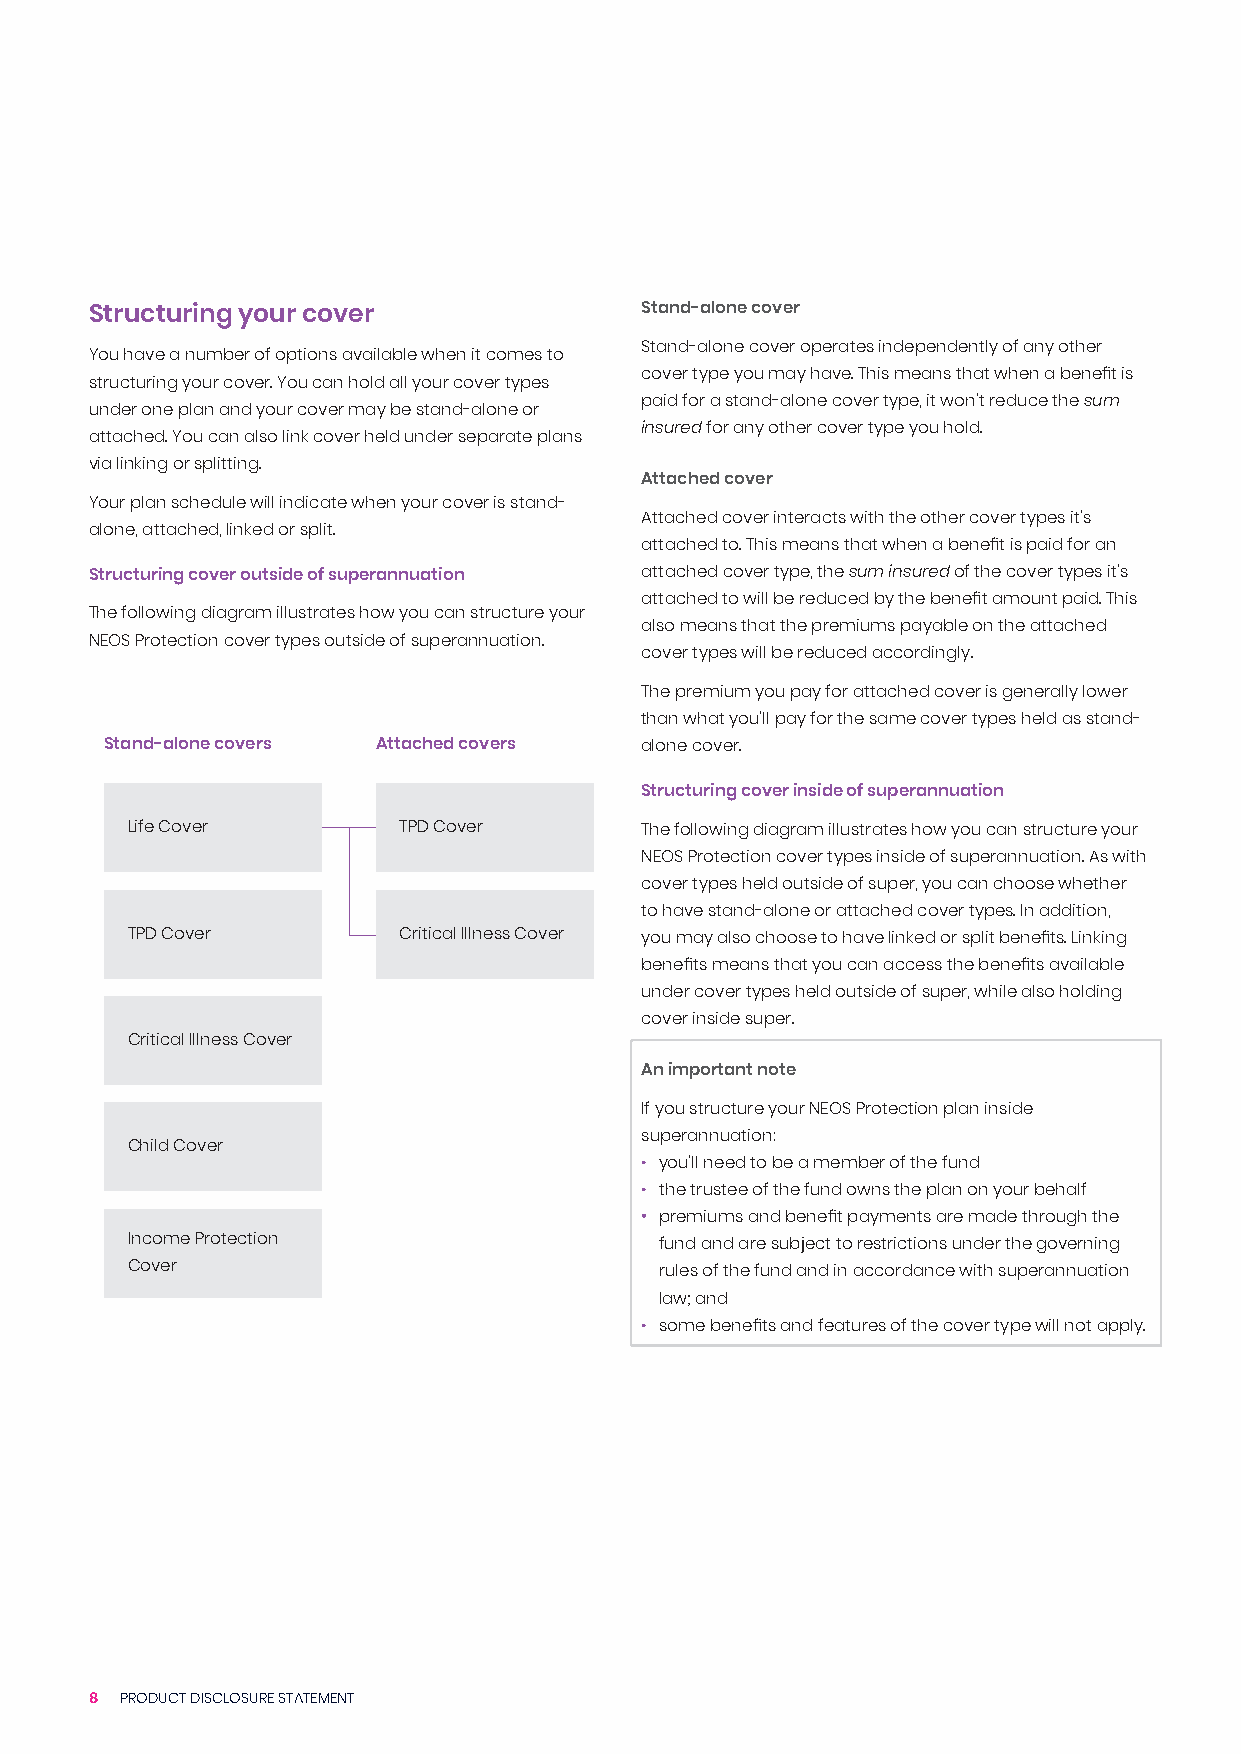
Structuring your cover              Stand-alone cover
 Stand-alone cover operates independently of any other
 You have a number of options available when it comes to
 cover type you may have. This means that when a benefit is
 structuring your cover. You can hold all your cover types
 paid for a stand-alone cover type, it won’t reduce the sum
 under one plan and your cover may be stand-alone or
 insured for any other cover type you hold.
 attached. You can also link cover held under separate plans
 via linking or splitting.
 Attached cover
 Your plan schedule will indicate when your cover is stand-
 Attached cover interacts with the other cover types it’s
 alone, attached, linked or split.
 attached to. This means that when a benefit is paid for an
 Structuring cover outside of superannuation attached cover type, the sum insured of the cover types it’s
 attached to will be reduced by the benefit amount paid. This
 The following diagram illustrates how you can structure your
 also means that the premiums payable on the attached
 NEOS Protection cover types outside of superannuation.
 cover types will be reduced accordingly.
 The premium you pay for attached cover is generally lower
 than what you’ll pay for the same cover types held as stand-
 Stand-alone covers Attached covers alone cover.
 Structuring cover inside of superannuation
 Life Cover        TPD Cover       The following diagram illustrates how you can structure your
 NEOS Protection cover types inside of superannuation. As with
 cover types held outside of super, you can choose whether
 to have stand-alone or attached cover types. In addition,
 TPD Cover         Critical Illness Cover you may also choose to have linked or split benefits. Linking
 benefits means that you can access the benefits available
 under cover types held outside of super, while also holding
 cover inside super.
 Critical Illness Cover
 An important note
 If you structure your NEOS Protection plan inside
 superannuation:
 Child Cover
 • you’ll need to be a member of the fund
 • the trustee of the fund owns the plan on your behalf
 • premiums and benefit payments are made through the
 Income Protection                   fund and are subject to restrictions under the governing
 Cover                               rules of the fund and in accordance with superannuation
 law; and
 • some benefits and features of the cover type will not apply.
 8 PRODUCT DISCLOSURE STATEMENT